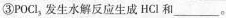
③POCl_{3}发生水解反应生成HCl和___。